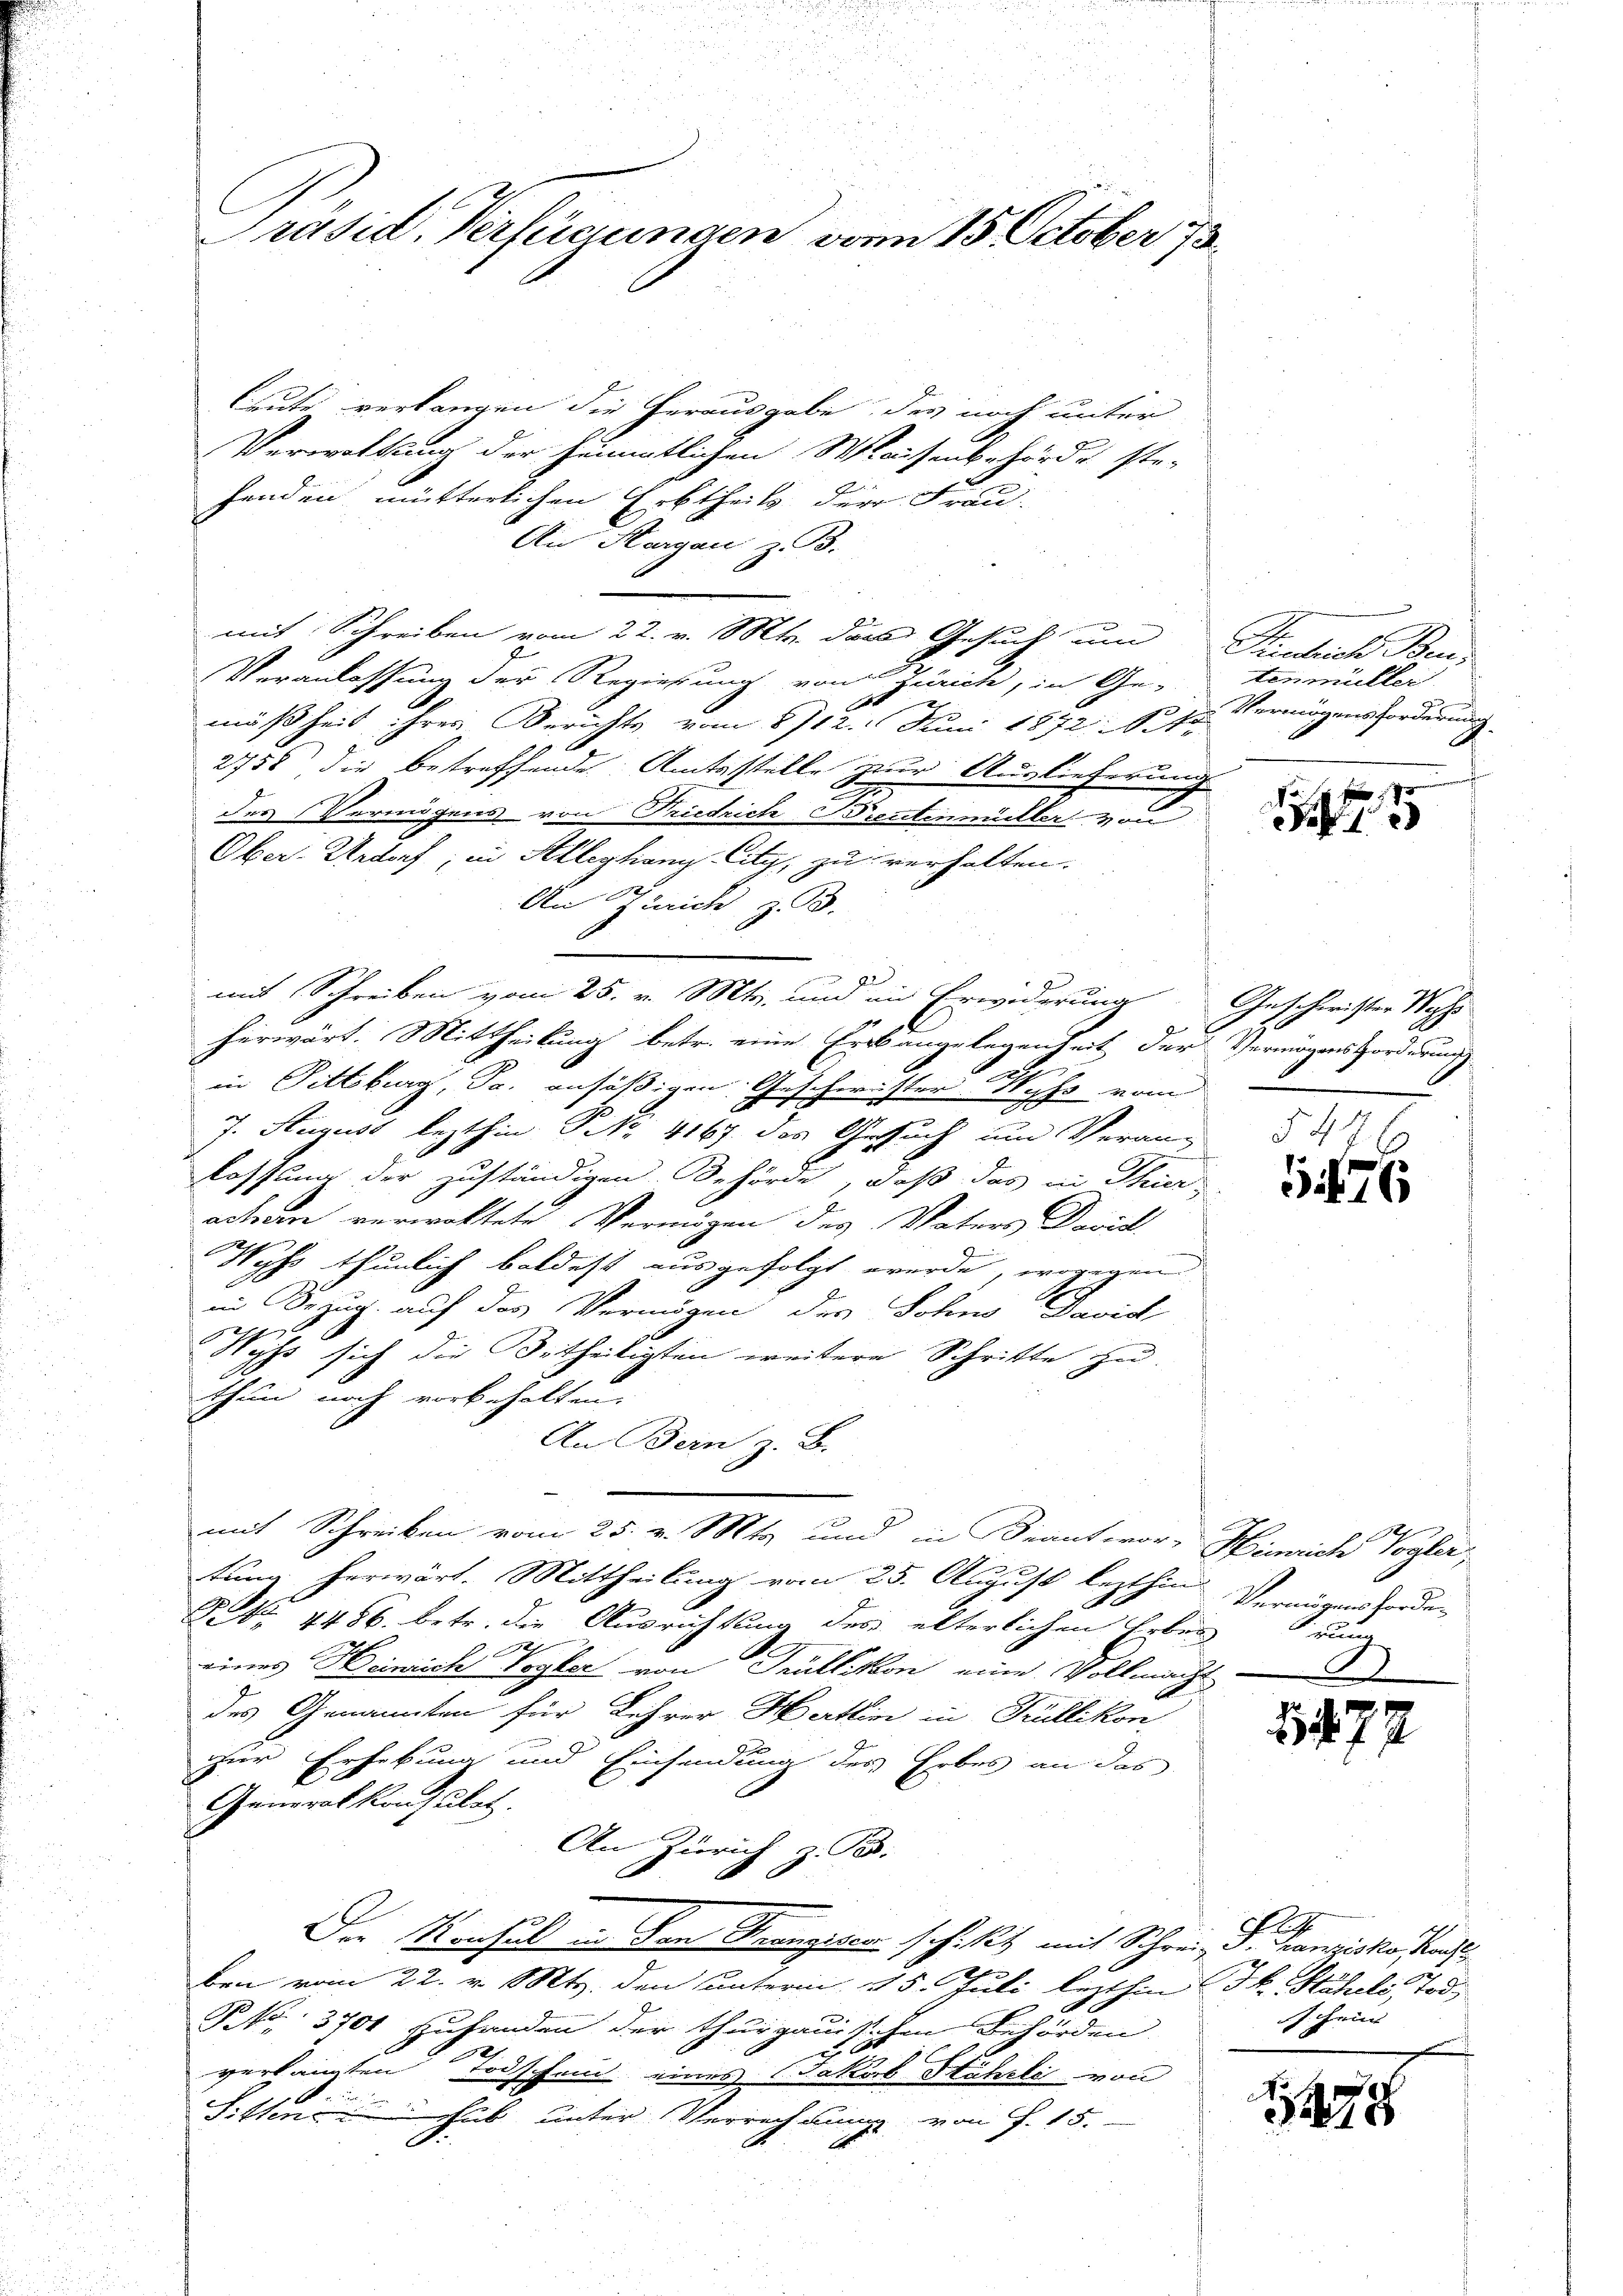
Präsid. Verfügungen vom 15. October 73

leute verlangen die herausgabe des noch unter
Verwaltung der sämmtlichen Waisenbehörde ste-
fenden mütterlichen Erbtheils der Frau-
An Margau z. B.
mit Schreiben vom 22. v. Mts. das Gesuch um
Veranlassung der Regierung von Zürich, in Ge-
2
mäßheit ihres Berichts, vom 8/12. Juni 1872. Seite
2758 die betreffende Amtsstelle zur Auslieferung
des Vermögens von Friedrich Dreutenmüller von
Ober-Urdorf, in Solleghang City, zu verhalten.
An Zürich z. B.
mit Schreiben vom 25. v. Mts., und im Erwiderung
herwärt. Mittheilung betr. eine Erkangelegenheit der Vermögenshorddrung
in Pittsburg, Ja. ansäßigen Geschwister Wyss von
x
7. August lezthin P. Nr. 4167 das Gesuch um Verang
lassung der zuständigen. Behörde, daß das in Thier,
achem verwaltete Vermögen des Vaters David
Ocht
gho thunlich baldest ausgefolgt werde, wogegen

in Bezug auf das Vermögen des Sohne David
4
Syss sich die Betheiligten weitere Schritte zu
thun noch vorbehalten.
An Bern z. B.
mit Schreiben vom 25. v. Mts. und in Beantwor- Hinrich Vogler,
tung herwärt. Mittheilung vom 25. August lezthin
Frk. 4486. betr. die Ausrichtung des elterlichen Erben
eines Heinrich Vogler von Trüllikon eine Vollmacht
des Genannten für Lehrer Hartin in Trüllikon
zur Erhebung und Einsendung des Erbes an das
Generalkonsulat
An Zürich z. B.
d
Der Konsul in Von Manzisern schikt mit Schrein P. Franziska Plan
ben vom 22. v. Mts. den unterm 15. Juli lezthin St. Stäheli Tod.
P No. 3704 zuhanden der thurgauischen Behörden
.
verlangten Todscheid eines Jakob Suhrli von
2
Sitten hab unter Verrechnung von P. 15.
E

e
Eintrich Be-
tenmüller
Vermögensforderung
d

4

Geschwister Woh
549

176

Vermögensforden
ug

147

.

schein |

1278